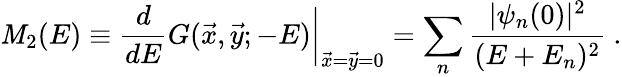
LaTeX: \mathit{M}_{2}(E)\equiv{\frac{{d}}{{dE}}}G(\vec{{x}},\vec{{y}};-E)\bigg|_{\vec{{x}}=\vec{{y}}=0}=\sum_{n}{\frac{{|\psi_{n}(0)|^{2}}}{{(E+E_{n})^{2}}}}\ .